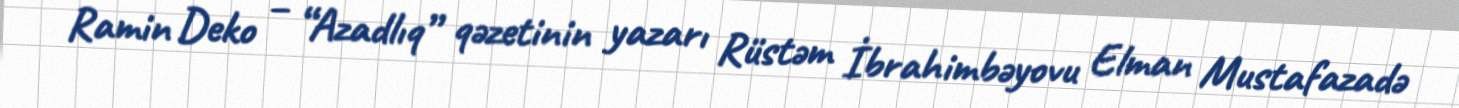
Ramin Deko – “Azadlıq” qəzetinin yazarı Rüstəm İbrahimbəyovu Elman Mustafazadə